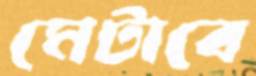
মেটাবে